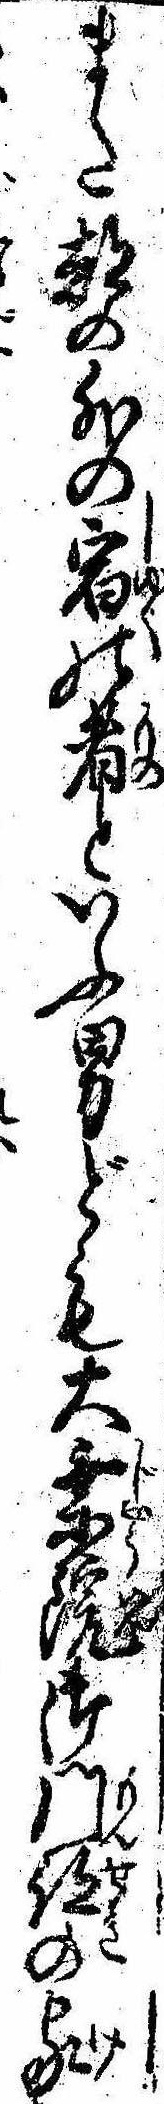
また都の外の宿の者といふ男ども大乗院御門跡の家